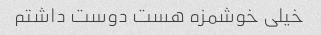
خیلی خوشمزه هست دوست داشتم